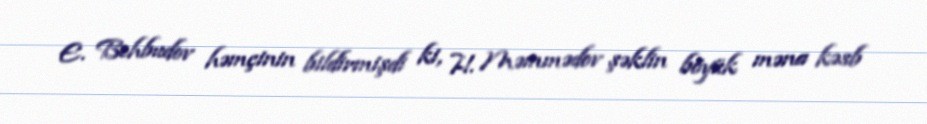
E. Behbudov həmçinin bildirmişdi ki, H. Məmmədov şəklin böyük məna kəsb